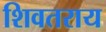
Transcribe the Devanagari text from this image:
शिवतराय